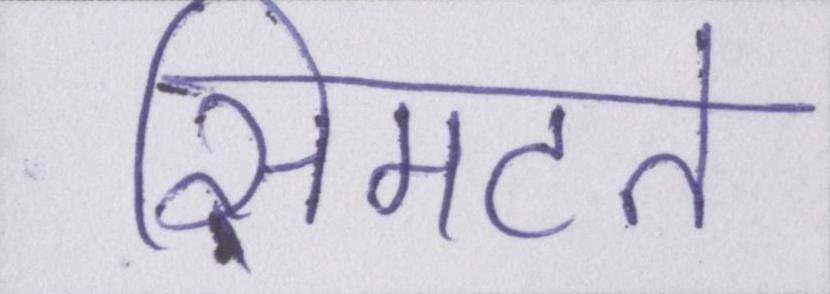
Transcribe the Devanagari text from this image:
सिमटते